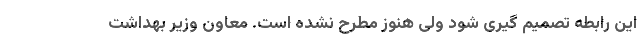
این رابطه تصمیم گیری شود ولی هنوز مطرح نشده است. معاون وزیر بهداشت